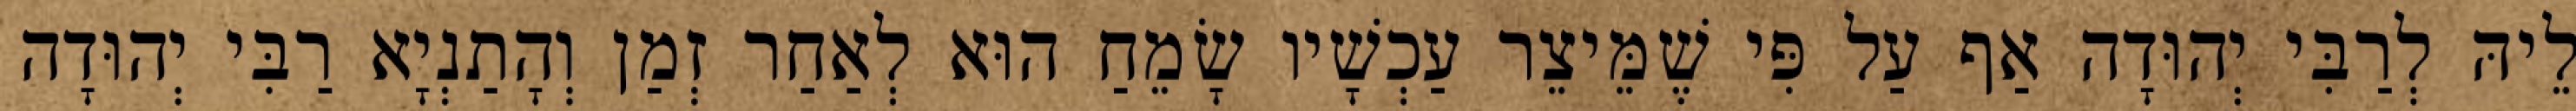
לֵיהּ לְרַבִּי יְהוּדָה אַף עַל פִּי שֶׁמֵּיצֵר עַכְשָׁיו שָׂמֵחַ הוּא לְאַחַר זְמַן וְהָתַנְיָא רַבִּי יְהוּדָה